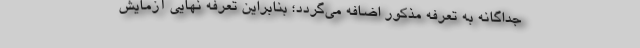
جداگانه به تعرفه مذکور اضافه می‌گردد؛ بنابراین تعرفه نهایی آزمایش